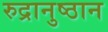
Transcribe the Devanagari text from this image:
रुद्रानुष्ठान